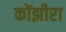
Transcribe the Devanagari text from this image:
कोंझीरा